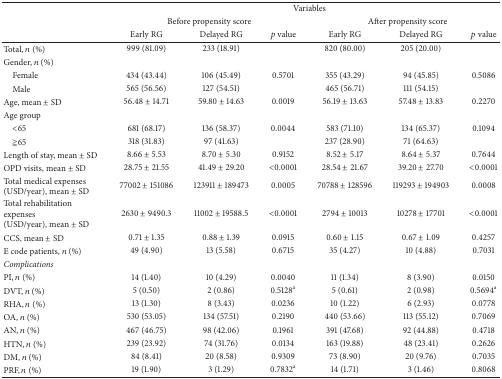
<table><thead><tr><td><b> </b></td><td colspan="6"><b>Variables</b></td></tr><tr><td><b> </b></td><td colspan="3"><b>Before propensity score </b></td><td colspan="3"><b>After propensity score</b></td></tr><tr><td><b> </b></td><td><b>Early RG</b></td><td><b>Delayed RG</b></td><td><b><i>p</i> value</b></td><td><b>Early RG</b></td><td><b>Delayed RG</b></td><td><b><i>p</i> value</b></td></tr></thead><tbody><tr><td>Total, <i>n</i> (%)</td><td>999 (81.09)</td><td>233 (18.91)</td><td> </td><td>820 (80.00)</td><td>205 (20.00)</td><td> </td></tr><tr><td>Gender, <i>n</i> (%)</td><td> </td><td> </td><td> </td><td> </td><td> </td><td> </td></tr><tr><td> Female</td><td>434 (43.44)</td><td>106 (45.49)</td><td>0.5701</td><td>355 (43.29)</td><td>94 (45.85)</td><td>0.5086</td></tr><tr><td> Male</td><td>565 (56.56)</td><td>127 (54.51)</td><td> </td><td>465 (56.71)</td><td>111 (54.15)</td><td> </td></tr><tr><td>Age, mean ± SD</td><td>56.48 ± 14.71</td><td>59.80 ± 14.63</td><td>0.0019</td><td>56.19 ± 13.63</td><td>57.48 ± 13.83</td><td>0.2270</td></tr><tr><td>Age group</td><td> </td><td> </td><td> </td><td> </td><td> </td><td> </td></tr><tr><td> &lt;65</td><td>681 (68.17)</td><td>136 (58.37)</td><td>0.0044</td><td>583 (71.10)</td><td>134 (65.37)</td><td>0.1094</td></tr><tr><td> ≧65</td><td>318 (31.83)</td><td>97 (41.63)</td><td> </td><td>237 (28.90)</td><td>71 (64.63)</td><td> </td></tr><tr><td>Length of stay, mean ± SD</td><td>8.66 ± 5.53</td><td>8.70 ± 5.30</td><td>0.9152</td><td>8.52 ± 5.17</td><td>8.64 ± 5.37</td><td>0.7644</td></tr><tr><td>OPD visits, mean ± SD</td><td>28.75 ± 21.55</td><td>41.49 ± 29.20</td><td>&lt;0.0001</td><td>28.54 ± 21.67</td><td>39.20 ± 27.70</td><td>&lt;0.0001</td></tr><tr><td>Total medical expenses (USD/year), mean ± SD</td><td>77002 ± 151086</td><td>123911 ± 189473</td><td>0.0005</td><td>70788 ± 128596</td><td>119293 ± 194903</td><td>0.0008</td></tr><tr><td>Total rehabilitation expenses(USD/year), mean ± SD</td><td>2630 ± 9490.3</td><td>11002 ± 19588.5</td><td>&lt;0.0001</td><td>2794 ± 10013</td><td>10278 ± 17701</td><td>&lt;0.0001</td></tr><tr><td>CCS, mean ± SD</td><td>0.71 ± 1.35</td><td>0.88 ± 1.39</td><td>0.0915</td><td>0.60 ± 1.15</td><td>0.67 ± 1.09</td><td>0.4257</td></tr><tr><td>E code patients, <i>n</i> (%)</td><td>49 (4.90)</td><td>13 (5.58)</td><td>0.6715</td><td>35 (4.27)</td><td>10 (4.88)</td><td>0.7031</td></tr><tr><td><i>Complications </i></td><td> </td><td> </td><td> </td><td> </td><td> </td><td> </td></tr><tr><td>PI, <i>n</i> (%)</td><td>14 (1.40)</td><td>10 (4.29)</td><td>0.0040</td><td>11 (1.34)</td><td>8 (3.90)</td><td>0.0150</td></tr><tr><td>DVT, <i>n</i> (%)</td><td>5 (0.50)</td><td>2 (0.86)</td><td>0.5128<sup>a</sup></td><td>5 (0.61)</td><td>2 (0.98)</td><td>0.5694<sup>a</sup></td></tr><tr><td>RHA, <i>n</i> (%)</td><td>13 (1.30)</td><td>8 (3.43)</td><td>0.0236</td><td>10 (1.22)</td><td>6 (2.93)</td><td>0.0778</td></tr><tr><td>OA, <i>n</i> (%)</td><td>530 (53.05)</td><td>134 (57.51)</td><td>0.2190</td><td>440 (53.66)</td><td>113 (55.12)</td><td>0.7069</td></tr><tr><td>AN, <i>n</i> (%)</td><td>467 (46.75)</td><td>98 (42.06)</td><td>0.1961</td><td>391 (47.68)</td><td>92 (44.88)</td><td>0.4718</td></tr><tr><td>HTN, <i>n</i> (%)</td><td>239 (23.92)</td><td>74 (31.76)</td><td>0.0134</td><td>163 (19.88)</td><td>48 (23.41)</td><td>0.2626</td></tr><tr><td>DM, <i>n</i> (%)</td><td>84 (8.41)</td><td>20 (8.58)</td><td>0.9309</td><td>73 (8.90)</td><td>20 (9.76)</td><td>0.7035</td></tr><tr><td>PRF, <i>n</i> (%)</td><td>19 (1.90)</td><td>3 (1.29)</td><td>0.7832<sup>a</sup></td><td>14 (1.71)</td><td>3 (1.46)</td><td>0.8068</td></tr></tbody></table>